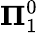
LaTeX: \mathbf{\Pi}_{1}^{0}